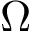
\Omega